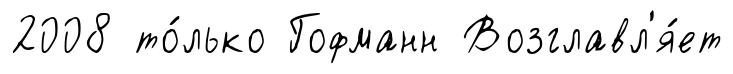
2008 то́лько Гофманн Возглавл'я́ет